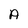
Character: A